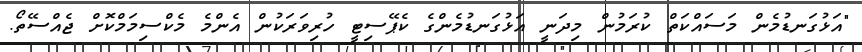
"އަޅުގަނޑުމެން މަސައްކަތް ކުރަމުން މިދަނީ އަޅުގަނޑުމެންގެ ކެޕޭސިޓީ ހުރިވަރަކުން އެންމެ މެކްސިމަމްކޮށް ޖެއްސޭތޯ.